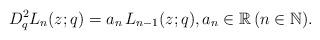
LaTeX: \begin{align*}D^2_{q} L_n(z;q)= a_n\, L_{n-1}(z;q), a_n\in\mathbb{R} \, (n\in \mathbb{N}).\end{align*}